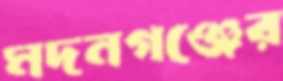
মদনগঞ্জের